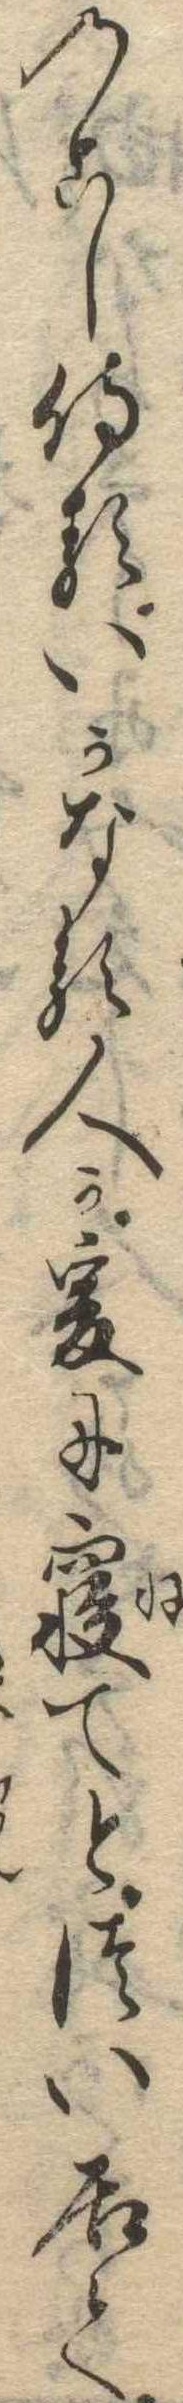
のこし侍るいかなる人か爰に寝てとつい居て